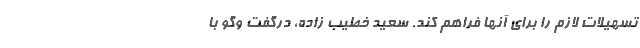
تسهیلات لازم را برای آنها فراهم کند. سعید خطیب زاده، درگفت وگو با